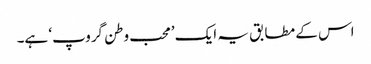
اس کے مطابق یہ ایک ’محب وطن گروپ‘ ہے۔